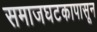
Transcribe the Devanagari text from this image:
समाजघटकापासून